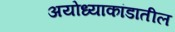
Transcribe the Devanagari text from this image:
अयोध्याकांडातील